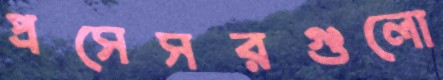
প্রসেসরগুলো